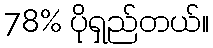
78% ပိုရှည်တယ်။